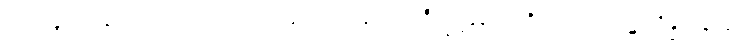
ဝမ်းလျှာအသားသည်။ ပိဟကံ၊ အဖျဉ်းမည်၏။ သရီရဗ္တန္တရေ၊ ကိုယ်အတွင်း၌။ ဒွိန္နံထနာနံ၊